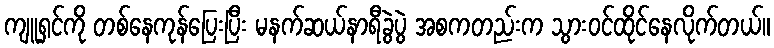
ကျူရှင်ကို တစ်နေကုန်ပြေးပြီး မနက်ဆယ်နာရီခွဲပွဲ အစကတည်းက သွားဝင်ထိုင်နေလိုက်တယ်။